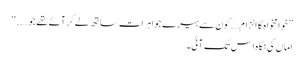
’’خوا مخواہ کا الزام….کون سے ہیرے جواہرات ساتھ لے کر آئے تھے جو…..‘‘
اماں کی نگاہ اس تک آئی۔